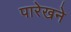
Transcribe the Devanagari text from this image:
पारेखने